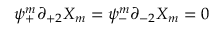
\psi _ { + } ^ { m } \partial _ { + 2 } X _ { m } = \psi _ { - } ^ { m } \partial _ { - 2 } X _ { m } = 0